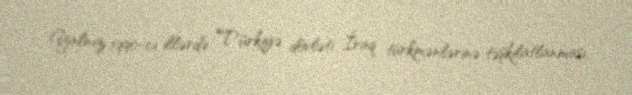
Yalnız 1990-cı illərdə Türkiyə dövləti İraq türkmənlərinə təşkilatlanması,